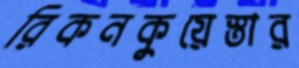
রিকনকুয়েস্তার